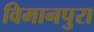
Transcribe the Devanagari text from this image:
विमानपुरा